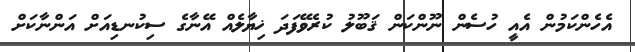
އެހެންކަމުން އެއީ ހުސެން ނޫންކަން ޤަބޫލު ކުރެވޭފަދަ ޚިޔާލެއް އޭނާގެ ސިކުނޑިއަށް އަންނާކަށް